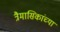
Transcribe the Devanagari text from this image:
त्रैमासिकांच्या